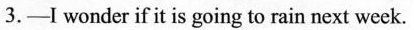
3.-I wonder if it is going to rain next week.